Civil Veterinary Dept. Bombay admin report 1900-1906 - 1900-1906
Year: 1900
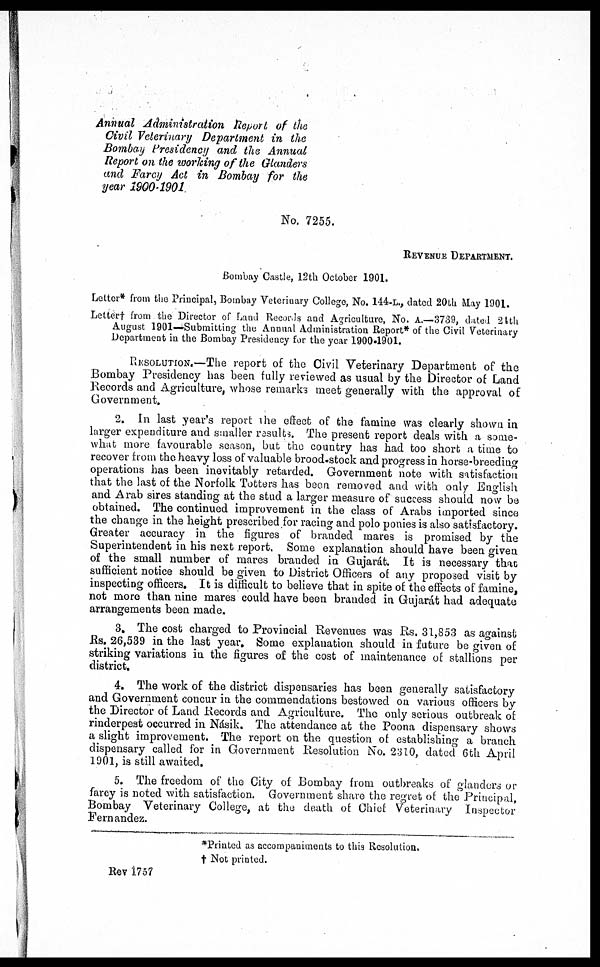
Annual Administration Report of the
Civil Veterinary Department in the
Bombay Presidency and the Annual
Report on the working of the Glanders
and Farcy Act in Bombay for the
year 1900-1901
No. 7255.
REVENUE DEPARTMENT.
Bombay Castle, 12th October 1901.
Letter* from the Principal, Bombay Veterinary College, No. 144-L., dated 20th May 1901.
Letter† from the Director of Land Records and Agriculture, No. A.—3739, dated 24th
August 1901—Submitting the Annual Administration Report* of the Civil Veterinary
Department in the Bombay Presidency for the year 1900-1901.
RESOLUTION.—The report of the Civil Veterinary Department of the
Bombay Presidency has been fully reviewed as usual by the Director of Land
Records and Agriculture, whose remarks meet generally with the approval of
Government.
2. In last year's report the effect of the famine was clearly shown in
larger expenditure and smaller results. The present report deals with a some-
what more favourable season, but the country has had too short a time to
recover from the heavy loss of valuable brood-stock and progress in horse-breeding
operations has been inevitably retarded. Government note with satisfaction
that the last of the Norfolk Totters has been removed and with only English
and Arab sires standing at the stud a larger measure of success should now be
obtained. The continued improvement in the class of Arabs imported since
the change in the height prescribed for racing and polo ponies is also satisfactory.
Greater accuracy in the figures of branded mares is promised by the
Superintendent in his next report. Some explanation should have been given
of the small number of mares branded in Gujarát. It is necessary that
sufficient notice should be given to District Officers of any proposed visit by
inspecting officers. It is difficult to believe that in spite of the effects of famine,
not more than nine mares could have been branded in Gujarát had adequate
arrangements been made.
3. The cost charged to Provincial Revenues was Rs. 31,853 as against
Rs. 26,539 in the last year. Some explanation should in future be given of
striking variations in the figures of the cost of maintenance of stallions per
district.
4. The work of the district dispensaries has been generally satisfactory
and Government concur in the commendations bestowed on various officers by
the Director of Land Records and Agriculture. The only serious outbreak of
rinderpest occurred in Násik. The attendance at the Poona dispensary shows
a slight improvement. The report on the question of establishing a branch
dispensary called for in Government Resolution No. 2310, dated 6th April
1901, is still awaited.
5. The freedom of the City of Bombay from outbreaks of glanders or
farcy is noted with satisfaction. Government share the regret of the Principal,
Bombay Veterinary College, at the death of Chief Veterinary Inspector
Fernandez.
*Printed as accompaniments to this Resolution,
† Not printed.
Rev 1757